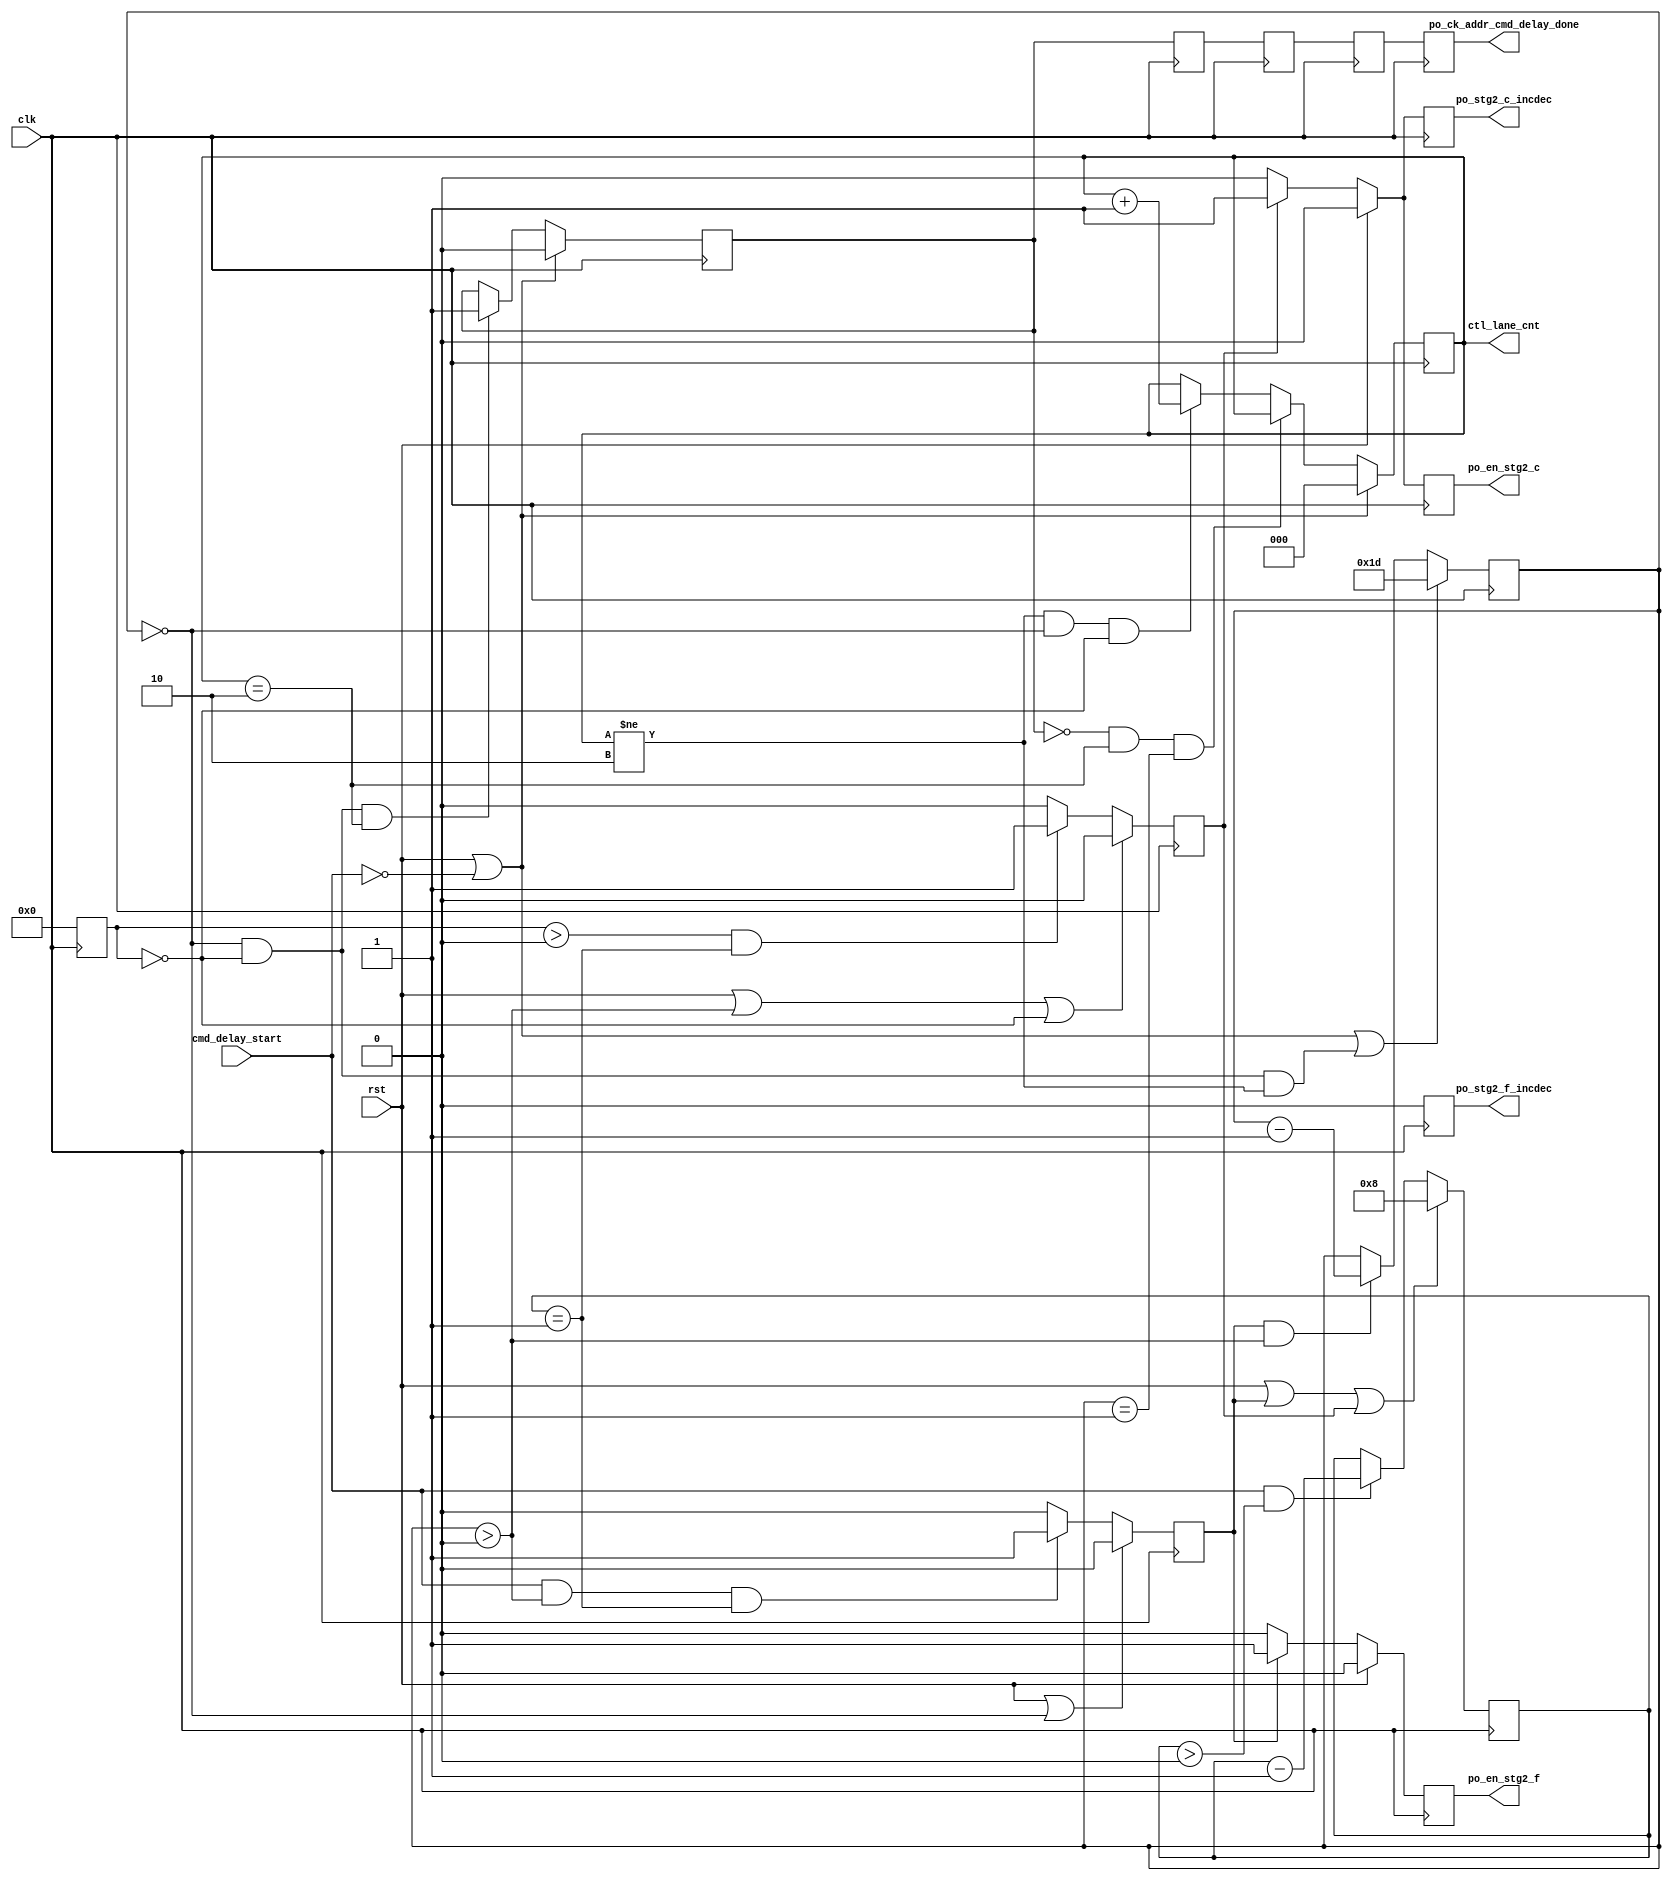
//*****************************************************************************
// (c) Copyright 2009 - 2013 Xilinx, Inc. All rights reserved.
//
// This file contains confidential and proprietary information
// of Xilinx, Inc. and is protected under U.S. and
// international copyright and other intellectual property
// laws.
//
// DISCLAIMER
// This disclaimer is not a license and does not grant any
// rights to the materials distributed herewith. Except as
// otherwise provided in a valid license issued to you by
// Xilinx, and to the maximum extent permitted by applicable
// law: (1) THESE MATERIALS ARE MADE AVAILABLE "AS IS" AND
// WITH ALL FAULTS, AND XILINX HEREBY DISCLAIMS ALL WARRANTIES
// AND CONDITIONS, EXPRESS, IMPLIED, OR STATUTORY, INCLUDING
// BUT NOT LIMITED TO WARRANTIES OF MERCHANTABILITY, NON-
// INFRINGEMENT, OR FITNESS FOR ANY PARTICULAR PURPOSE; and
// (2) Xilinx shall not be liable (whether in contract or tort,
// including negligence, or under any other theory of
// liability) for any loss or damage of any kind or nature
// related to, arising under or in connection with these
// materials, including for any direct, or any indirect,
// special, incidental, or consequential loss or damage
// (including loss of data, profits, goodwill, or any type of
// loss or damage suffered as a result of any action brought
// by a third party) even if such damage or loss was
// reasonably foreseeable or Xilinx had been advised of the
// possibility of the same.
//
// CRITICAL APPLICATIONS
// Xilinx products are not designed or intended to be fail-
// safe, or for use in any application requiring fail-safe
// performance, such as life-support or safety devices or
// systems, Class III medical devices, nuclear facilities,
// applications related to the deployment of airbags, or any
// other applications that could lead to death, personal
// injury, or severe property or environmental damage
// (individually and collectively, "Critical
// Applications"). Customer assumes the sole risk and
// liability of any use of Xilinx products in Critical
// Applications, subject only to applicable laws and
// regulations governing limitations on product liability.
//
// THIS COPYRIGHT NOTICE AND DISCLAIMER MUST BE RETAINED AS
// PART OF THIS FILE AT ALL TIMES.
//
//*****************************************************************************
//   ____  ____
//  /   /\/   /
// /___/  \  /    Vendor: Xilinx
// \   \   \/     Version: %version
//  \   \         Application: MIG
//  /   /         Filename: ddr_phy_ck_addr_cmd_delay.v
// /___/   /\     Date Last Modified: $Date: 2011/02/25 02:07:40 $
// \   \  /  \    Date Created: Aug 03 2009
//  \___\/\___\
//
//Device: 7 Series
//Design Name: DDR3 SDRAM
//Purpose: Shift CK/Address/Commands/Controls
//Reference:
//Revision History:
//*****************************************************************************

`timescale 1ps/1ps

module mig_7series_v4_2_ddr_phy_ck_addr_cmd_delay #
  (
   parameter TCQ            = 100,
   parameter tCK            = 3636,
   parameter DQS_CNT_WIDTH  = 3,
   parameter N_CTL_LANES    = 3,
   parameter SIM_CAL_OPTION = "NONE"
   )
  (
   input                        clk,
   input                        rst,
   // Start only after PO_CIRC_BUF_DELAY decremented
   input                        cmd_delay_start,
   // Control lane being shifted using Phaser_Out fine delay taps
   output reg [N_CTL_LANES-1:0] ctl_lane_cnt,
   // Inc/dec Phaser_Out fine delay line
   output reg       po_stg2_f_incdec,
   output reg       po_en_stg2_f,
   output reg       po_stg2_c_incdec,
   output reg       po_en_stg2_c,
   // Completed delaying CK/Address/Commands/Controls
   output           po_ck_addr_cmd_delay_done
   );

   localparam TAP_CNT_LIMIT = 63;

   //Calculate the tap resolution of the PHASER based on the clock period
   localparam FREQ_REF_DIV           = (tCK > 5000 ? 4 :
                                        tCK > 2500 ? 2 : 1);

   localparam integer PHASER_TAP_RES = ((tCK/2)/64);

   // Determine whether 300 ps or 350 ps delay required
   localparam CALC_TAP_CNT = (tCK >= 1250) ? 350 : 300;

   // Determine the number of Phaser_Out taps required to delay by 300 ps
   // 300 ps is the PCB trace uncertainty between CK and DQS byte groups


   // Increment control byte lanes
   localparam TAP_CNT = 0;
   //localparam TAP_CNT = (CALC_TAP_CNT + PHASER_TAP_RES - 1)/PHASER_TAP_RES;
   //Decrement control byte lanes
   localparam TAP_DEC = (SIM_CAL_OPTION == "FAST_CAL") ? 0 : 29;




   reg       delay_dec_done;
   reg       delay_done_r1;
   reg       delay_done_r2;
   reg       delay_done_r3;
   reg       delay_done_r4 /* synthesis syn_maxfan = 10 */;
   reg [5:0] delay_cnt_r;
   reg [5:0] delaydec_cnt_r;
   reg       po_cnt_inc;
   reg       po_cnt_dec;
   reg [3:0] wait_cnt_r;

   assign po_ck_addr_cmd_delay_done = ((TAP_CNT == 0) && (TAP_DEC == 0)) ? 1'b1 : delay_done_r4;

   always @(posedge clk) begin
     if (rst || po_cnt_dec || po_cnt_inc)
       wait_cnt_r <= #TCQ 'd8;
     else if (cmd_delay_start && (wait_cnt_r > 'd0))
       wait_cnt_r <= #TCQ wait_cnt_r - 1;
   end

   always @(posedge clk) begin
     if (rst || (delaydec_cnt_r > 6'd0) || (delay_cnt_r == 'd0) || (TAP_DEC == 0))
       po_cnt_inc      <= #TCQ 1'b0;
     else if ((delay_cnt_r > 'd0) && (wait_cnt_r == 'd1))
       po_cnt_inc      <= #TCQ 1'b1;
     else
       po_cnt_inc      <= #TCQ 1'b0;
   end

   //Tap decrement
   always @(posedge clk) begin
     if (rst || (delaydec_cnt_r == 'd0))
       po_cnt_dec      <= #TCQ 1'b0;
     else if (cmd_delay_start && (delaydec_cnt_r > 'd0) && (wait_cnt_r == 'd1))
       po_cnt_dec      <= #TCQ 1'b1;
     else
       po_cnt_dec      <= #TCQ 1'b0;
   end

   //po_stg2_f_incdec and po_en_stg2_f stay asserted HIGH for TAP_COUNT cycles for every control byte lane
   //the alignment is started once the
   always @(posedge clk) begin
     if (rst) begin
       po_stg2_f_incdec <= #TCQ 1'b0;
       po_en_stg2_f     <= #TCQ 1'b0;
       po_stg2_c_incdec <= #TCQ 1'b0;
       po_en_stg2_c     <= #TCQ 1'b0;
     end else begin
       if (po_cnt_dec) begin
         po_stg2_f_incdec <= #TCQ 1'b0;
         po_en_stg2_f     <= #TCQ 1'b1;
       end else begin
         po_stg2_f_incdec <= #TCQ 1'b0;
         po_en_stg2_f     <= #TCQ 1'b0;
       end
       if (po_cnt_inc) begin
         po_stg2_c_incdec <= #TCQ 1'b1;
         po_en_stg2_c     <= #TCQ 1'b1;
       end else begin
         po_stg2_c_incdec <= #TCQ 1'b0;
         po_en_stg2_c     <= #TCQ 1'b0;
       end
     end
   end

   // delay counter to count 2 cycles
   // Increment coarse taps by 2 for all control byte lanes
   // to mitigate late writes
   always @(posedge clk) begin
     // load delay counter with init value
     if (rst || (tCK >= 2500) || (SIM_CAL_OPTION == "FAST_CAL"))
       delay_cnt_r  <= #TCQ 'd0;
     else if ((delaydec_cnt_r > 6'd0) ||((delay_cnt_r == 6'd0) && (ctl_lane_cnt != N_CTL_LANES-1)))
       delay_cnt_r  <= #TCQ 'd1;
     else if (po_cnt_inc && (delay_cnt_r > 6'd0))
       delay_cnt_r  <= #TCQ delay_cnt_r - 1;
   end

   // delay counter to count TAP_DEC cycles
   always @(posedge clk) begin
     // load delay counter with init value of TAP_DEC
     if (rst || ~cmd_delay_start ||((delaydec_cnt_r == 6'd0) && (delay_cnt_r == 6'd0) && (ctl_lane_cnt != N_CTL_LANES-1)))
       delaydec_cnt_r  <= #TCQ TAP_DEC;
     else if (po_cnt_dec && (delaydec_cnt_r > 6'd0))
       delaydec_cnt_r  <= #TCQ delaydec_cnt_r - 1;
   end

   //ctl_lane_cnt is used to count the number of CTL_LANES or byte lanes that have the address/command phase shifted by 1/4 mem. cycle
   //This ensures all ctrl byte lanes have had their output phase shifted.
   always @(posedge clk) begin
     if (rst || ~cmd_delay_start )
       ctl_lane_cnt <= #TCQ 6'b0;
     else if (~delay_dec_done && (ctl_lane_cnt == N_CTL_LANES-1) && (delaydec_cnt_r == 6'd1))
       ctl_lane_cnt <= #TCQ ctl_lane_cnt;
     else if ((ctl_lane_cnt != N_CTL_LANES-1) && (delaydec_cnt_r == 6'd0) && (delay_cnt_r == 'd0))
       ctl_lane_cnt <= #TCQ ctl_lane_cnt + 1;
   end

   // All control lanes have decremented to 31 fine taps from 46
   always @(posedge clk) begin
     if (rst || ~cmd_delay_start)  begin
       delay_dec_done    <= #TCQ 1'b0;
     end else if (((TAP_CNT == 0) && (TAP_DEC == 0)) ||
                 ((delaydec_cnt_r == 6'd0) && (delay_cnt_r == 'd0) && (ctl_lane_cnt == N_CTL_LANES-1))) begin
       delay_dec_done    <= #TCQ 1'b1;
     end
   end



   always @(posedge clk) begin
     delay_done_r1 <= #TCQ delay_dec_done;
     delay_done_r2 <= #TCQ delay_done_r1;
     delay_done_r3 <= #TCQ delay_done_r2;
     delay_done_r4 <= #TCQ delay_done_r3;
   end

endmodule